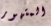
المتهور